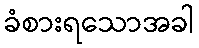
ခံစားရသောအခါ